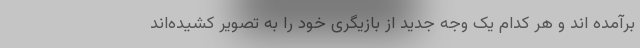
برآمده اند و هر کدام یک وجه جدید از بازیگری خود را به تصویر کشیده‌اند